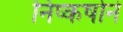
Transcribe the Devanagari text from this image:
निष्कर्षाने